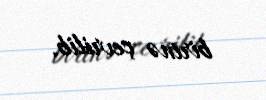
birinə çevrilib.